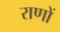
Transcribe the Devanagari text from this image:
राणों